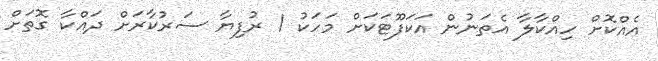
އެއްކޮށް ހިއްކާލާ އެތަނުން އަކަފޫޓަކަށް މަހަކު 1 ރުފިޔާ ސަރުކާރަށް ދައްކާ ގޮތަށް